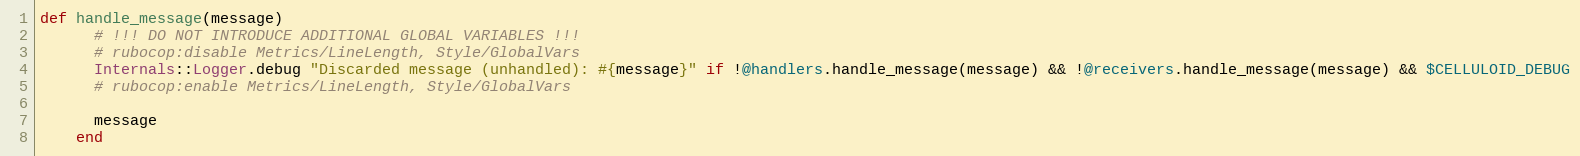
Language: Ruby
def handle_message(message)
      # !!! DO NOT INTRODUCE ADDITIONAL GLOBAL VARIABLES !!!
      # rubocop:disable Metrics/LineLength, Style/GlobalVars
      Internals::Logger.debug "Discarded message (unhandled): #{message}" if !@handlers.handle_message(message) && !@receivers.handle_message(message) && $CELLULOID_DEBUG
      # rubocop:enable Metrics/LineLength, Style/GlobalVars

      message
    end